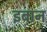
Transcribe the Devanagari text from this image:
इबान